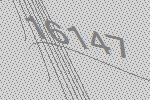
16147